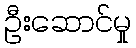
ဦးဆောင်မှု